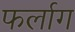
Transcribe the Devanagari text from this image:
फर्लाग